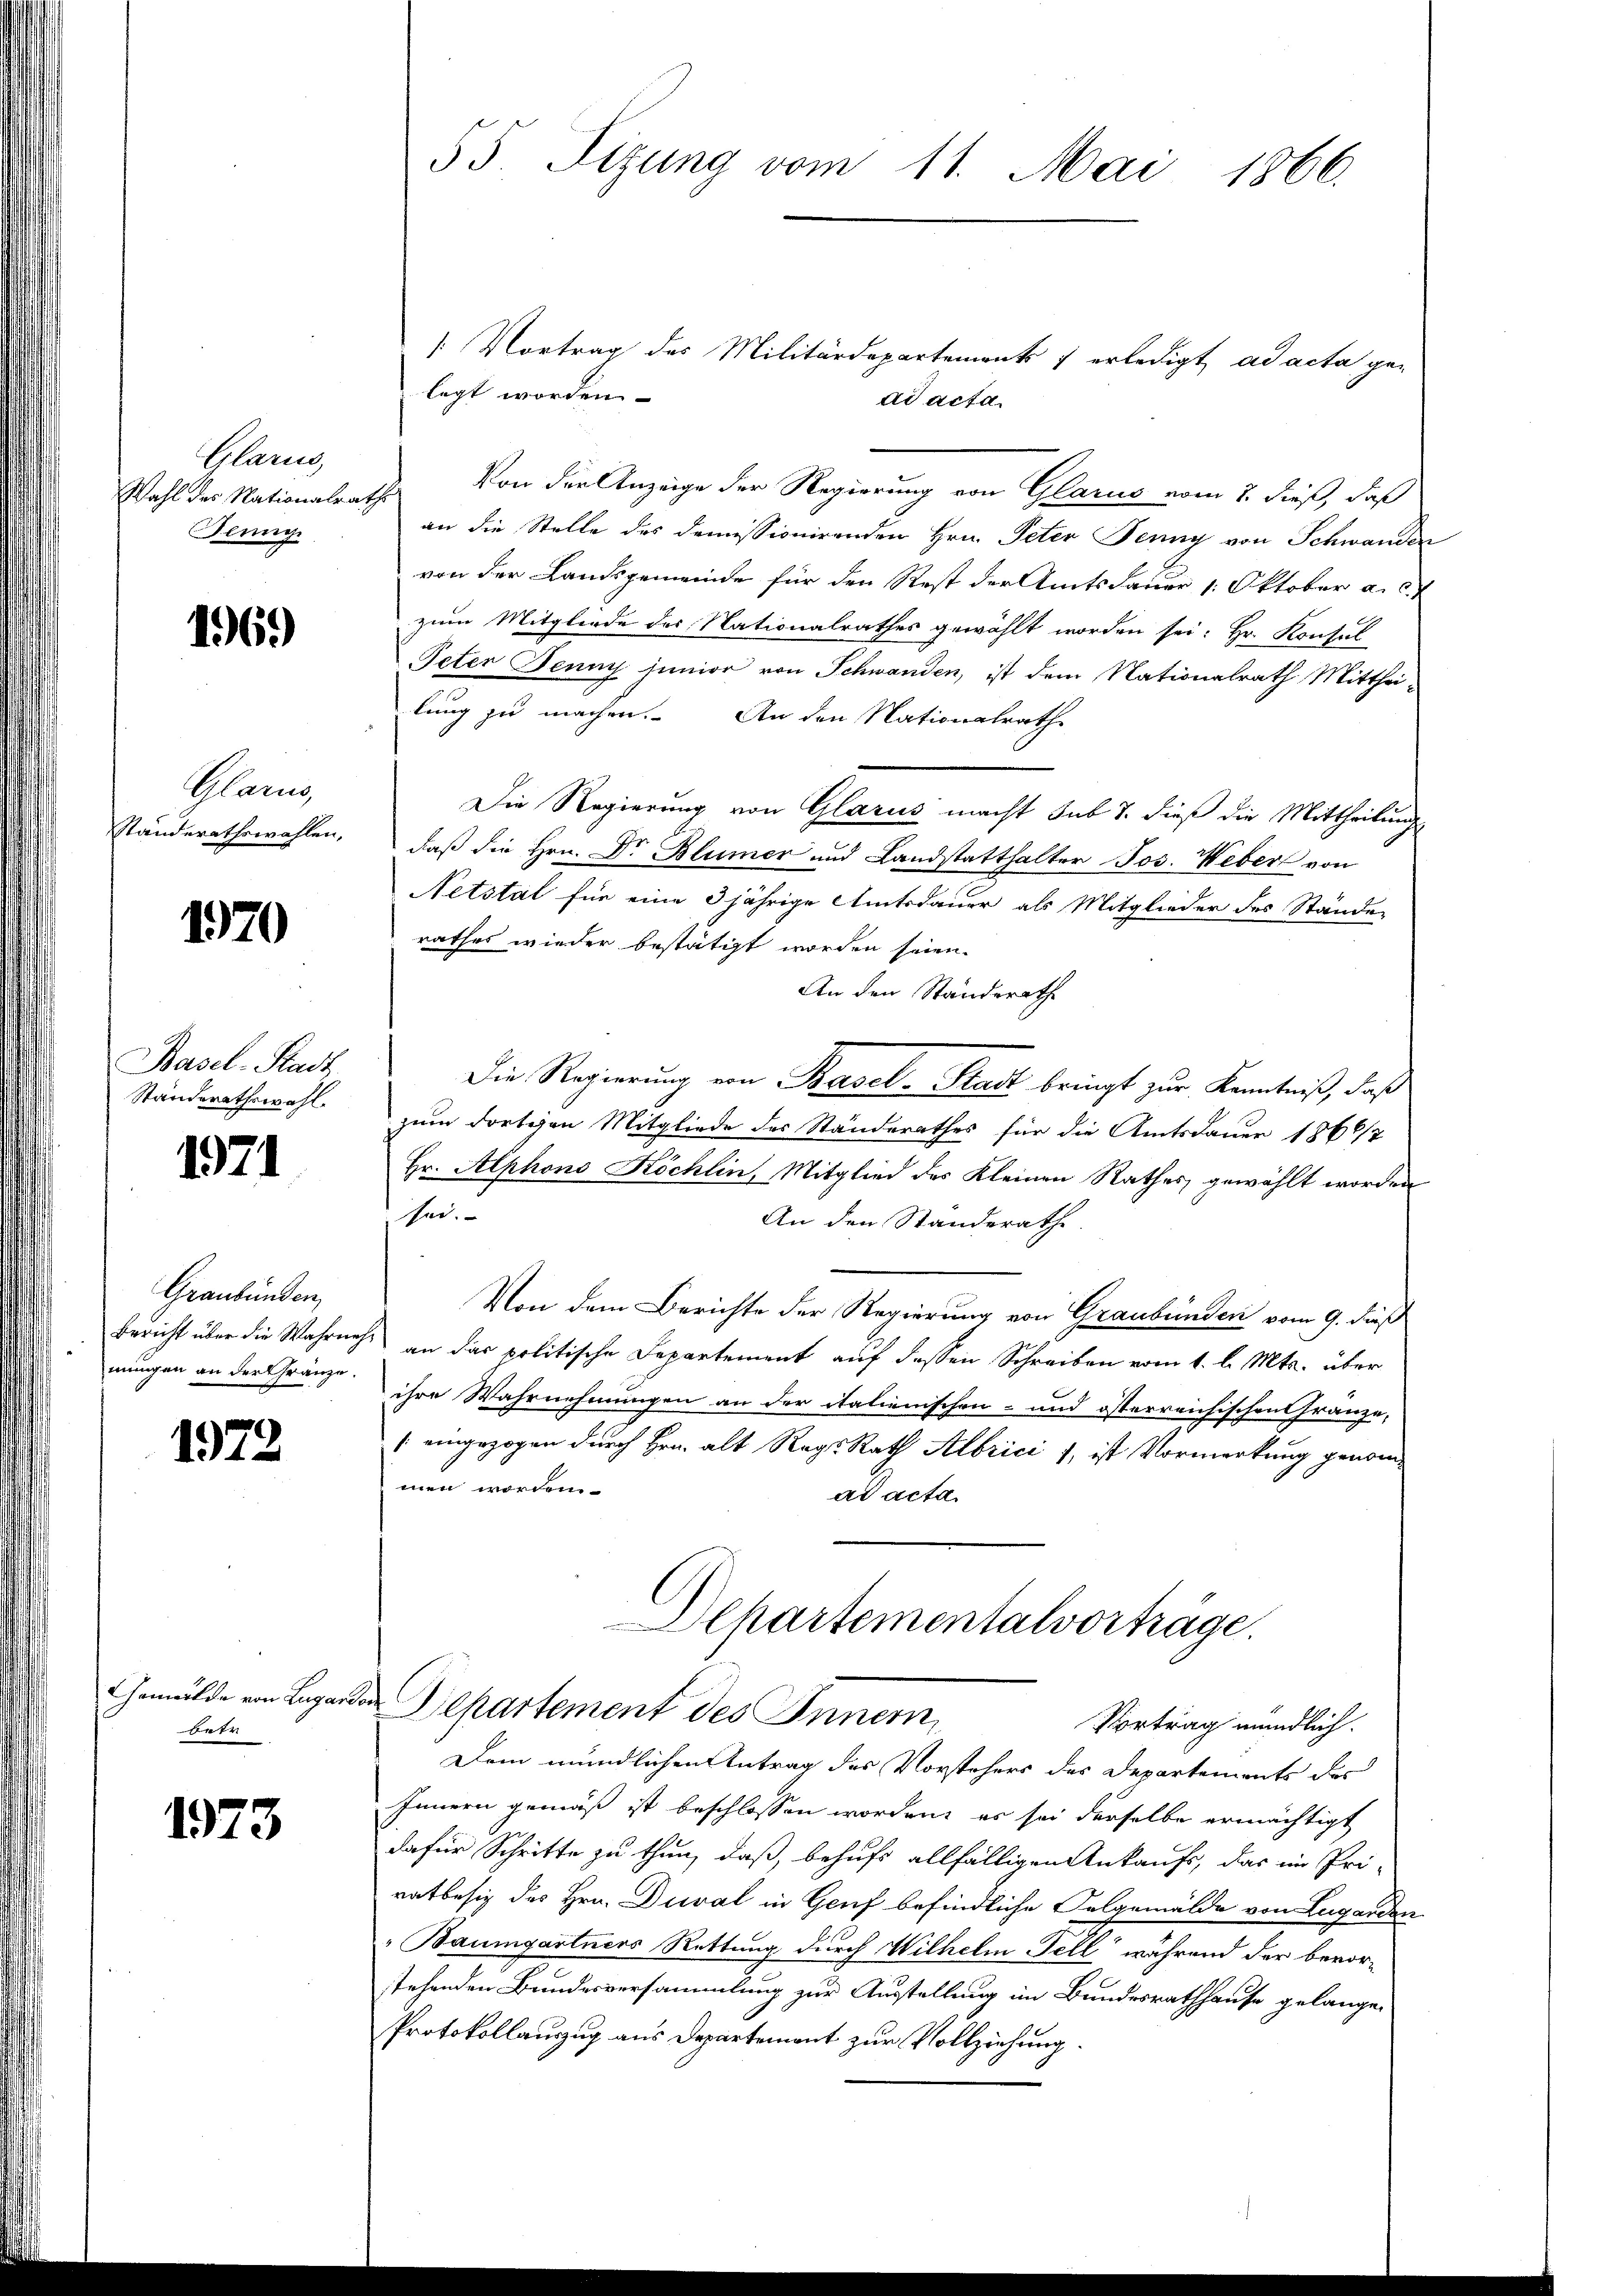
Glarne
Wahl des Nationalrathe
Jlunge

196.)

Glarus,
Ständerathswahlen,

1970

Basel-Stadt,
Ständerathswahl.

1971

Graubünden,
mungen an der Gränze.

1972

Gemeinde von Lugard.
Heer

1973

55. Sizung vom 11. Mai 1866.

: Vortrag des Militärdepartements 7 erledigt ad acta ge-
legt worden
ad acta.
Von der Anzeige der Regierung von Glarus vom 2. dieß, daß
an die Stelle des demissionirenden Hrn. Peter Jenny von Schwander
von der Landsgemeinde für den Rest der Amtsdauer 1. Oktober a. c.
zum Mitgliede des Nationalrathes gewählt worden sei. Hr. Konsul
Peter Jenny junior von Schwanden, ist dem Nationalrath Mitthei-
lung zu machen. An den Nationalrathe
Die Regierung von Glarus macht sub 7. dieß die Mittheilung
daß die Hrn. Dr Blümer und Landstatthalter Jos. Weber von
Netstal für eine 3jährige Amtsdauer als Mitglieder des Ständen
rathes wieder bestätigt worden seien.
An den Standerathe
Die Regierung von Basel-Stadt bringt zur Kenntniß, daß
zum dorteien Mitgliede des Ständerathes für die Amtsdauer 1866/7
Hr. Alphons Köchlin, Mitglied des Kleinen Rathes gewählt worden
sei.
An den Standerath.
Von dem Berichte der Regierung von Graubünden vom 9. dieß
Bericht über die Wahrnehe an das politische Departement auf dessen Schreiben vom 1. l. Mts. über
ihre Wahrnehmungen an der italienischen- und österreichischen Gränze,
1 eingezogen durch Hrn. alt Regs Rath Albrici, ist Vormerkung genom-
men worden.
ad acta
Dehartementalvorträge.
2 Departement des Innern,
Vortrag mündlich.
Dem mündlichen Antrag des Vorstehers des Departements des
Innern gemäß ist beschlossen worden, es sei derselbe ermächtigt
dafür Schritte zu thun, daß, behufs allfälligen Ankaufs, das im Pri-
ratbesitz des Hrn. Dural in Genf befindliche Folgemälde von Luganden
Baumgartners Rettung durch Wilhelm Fell während der bevorstehenden Bundesversammlung zur Ausstellung im Bundesrathhause gelangen
Protokollauszug aus Departement zur Vollziehung.